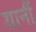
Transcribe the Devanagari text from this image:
यानीं